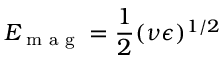
E _ { \textrm { m a g } } = \frac { 1 } { 2 } ( \nu \epsilon ) ^ { 1 / 2 }